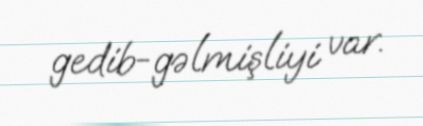
gedib-gəlmişliyi var.